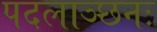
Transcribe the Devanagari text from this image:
पदलाञ्छनः